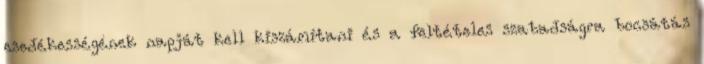
esedékességének napját kell kiszámítani és a feltételes szabadságra bocsátás